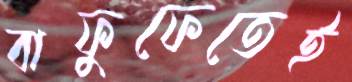
বাফুফেতেই